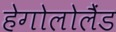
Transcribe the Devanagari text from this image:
हेगोलोलैंड